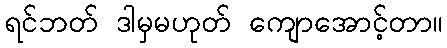
ရင်ဘတ် ဒါမှမဟုတ် ကျောအောင့်တာ။